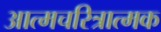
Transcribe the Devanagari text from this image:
अात्मचरित्रात्मक